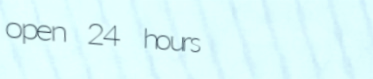
open 24 hours